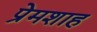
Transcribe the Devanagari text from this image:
प्रेमशाह